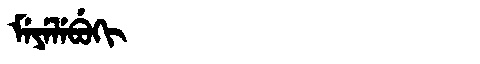
Manchu: ᠮᡝᠶᡝᠯᡝᠪᡠᡴᡳ
Romanization: MEYELEBUKI